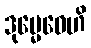
ဒုမ္မေဓေဟိ